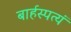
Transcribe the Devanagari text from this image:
बार्हस्पत्यं